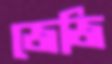
জেজি